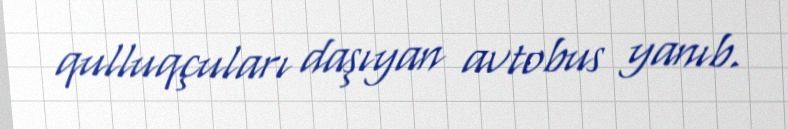
qulluqçuları daşıyan avtobus yanıb.